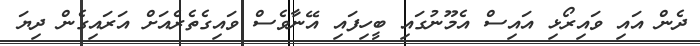
ދެން އައި ވައިރޯޅި އައިސް އެމޫނުގައި ބީހިފައި އޭނާވެސް ވައިގެތެރެއަށް އަރައިގެން ދިޔަ